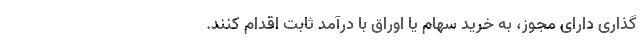
گذاری دارای مجوز، به خرید سهام یا اوراق با درآمد ثابت اقدام کنند.